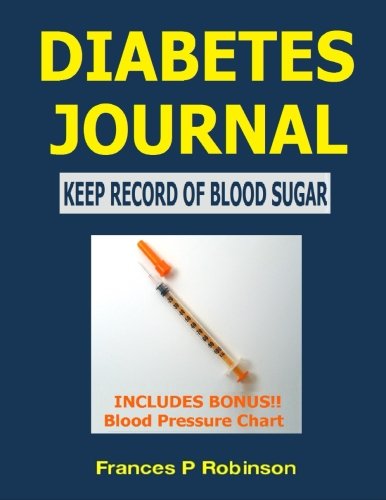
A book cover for Diabetes Journal: Keep Record of Blood Sugar; Frances P Robinson; Cookbooks, Food & Wine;